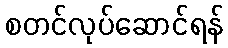
စတင်လုပ်ဆောင်ရန်